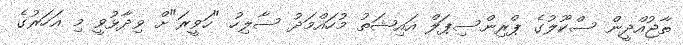
ތާޖުއްދީން ސްކޫލުގެ ޕްރިންސިޕަލް އައިޝަތު މުހައްމަދު ސާލިހު "ހަވީރަ"ށް ވިދާޅުވީ މި އަހަރުގެ